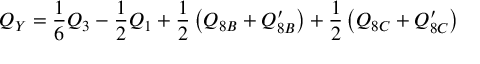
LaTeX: Q _ { Y } = \frac { 1 } { 6 } Q _ { 3 } - \frac { 1 } { 2 } Q _ { 1 } + \frac { 1 } { 2 } \left( Q _ { 8 B } + Q _ { 8 B } ^ { \prime } \right) + \frac { 1 } { 2 } \left( Q _ { 8 C } + Q _ { 8 C } ^ { \prime } \right)